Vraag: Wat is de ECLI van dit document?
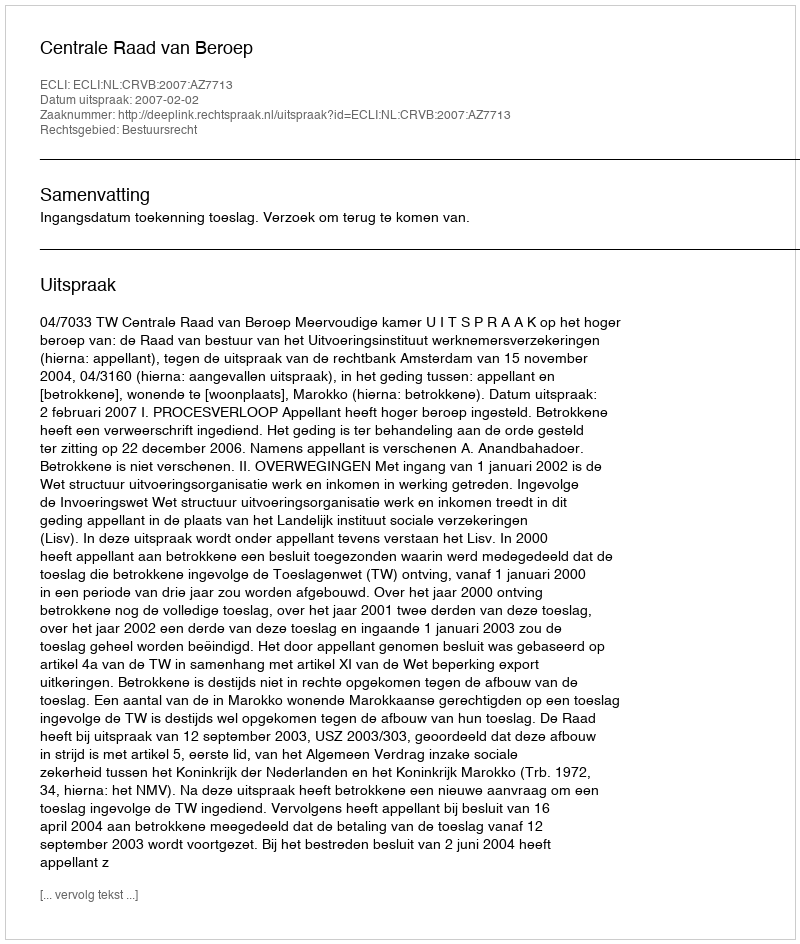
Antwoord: ECLI:NL:CRVB:2007:AZ7713